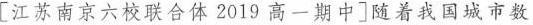
\left[江苏南京六校联合体2019高一期中 \right]随着我国城市数